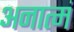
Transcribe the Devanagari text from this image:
अनात्मं